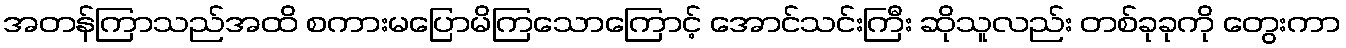
အတန်ကြာသည်အထိ စကားမပြောမိကြသောကြောင့် အောင်သင်းကြီး ဆိုသူလည်း တစ်ခုခုကို တွေးကာ